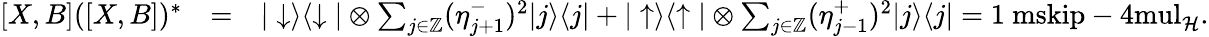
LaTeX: \begin{array}{rlr}{[X,B]([X,B])^{*}}&{=}&{|\downarrow\rangle\langle\downarrow|\otimes\sum_{j\in{\mathord{\mathbb Z}}}(\eta_{j+1}^{-})^{2}|j\rangle\langle j|+|\uparrow\rangle\langle\uparrow|\otimes\sum_{j\in{\mathord{\mathbb Z}}}(\eta_{j-1}^{+})^{2}|j\rangle\langle j|={\mathchoice{\mathrm{1\ mskip-4mul}}{\mathrm{1\ mskip-4mul}}{\mathrm{1\ mskip-4.5mul}}{\mathrm{1\ mskip-5mul}}}_{\mathcal{H}}.}\end{array}